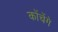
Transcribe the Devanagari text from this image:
कोंचेंगे